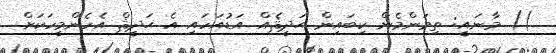
)) މާނައީ: ތިމަންމެން ކިބައިން ޙަދީޘެއް އަޑުއަހައި އެ ޙަދީޘް އެހެންމީހަކަށް